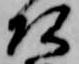
頭